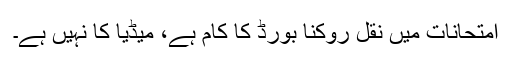
امتحانات میں نقل روکنا بورڈ کا کام ہے، میڈیا کا نہیں ہے۔